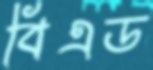
বিএড